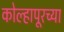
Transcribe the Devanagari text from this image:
कोल्‍हापूरच्या